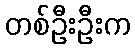
တစ်ဦးဦးက